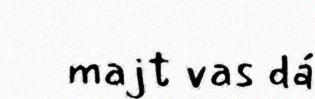
majt vas dá